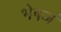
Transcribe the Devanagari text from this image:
भेषजं